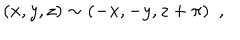
( x , y , z ) \sim ( - x , - y , z + \pi ) \ \ ,